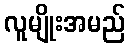
လူမျိုးအမည်